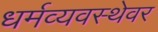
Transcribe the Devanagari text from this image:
धर्मव्यवस्थेवर